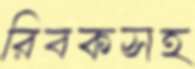
রিবকসহ